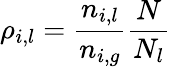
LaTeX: \begin{array}{r}{\rho_{i,l}=\displaystyle\frac{n_{i,l}}{n_{i,g}}\displaystyle\frac{N}{N_{l}}}\end{array}